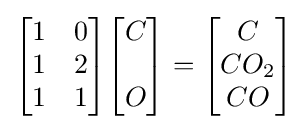
{\begin{bmatrix}1&0\\1&2\\1&1\end{bmatrix}}{\begin{bmatrix}C\\\\O\end{bmatrix}}={\begin{bmatrix}C\\CO_{2}\\CO\end{bmatrix}}